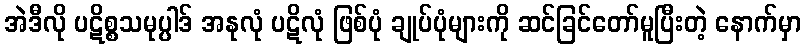
အဲဒီလို ပဋိစ္စသမုပ္ပါဒ် အနုလုံ ပဋိလုံ ဖြစ်ပုံ ချုပ်ပုံများကို ဆင်ခြင်တော်မူပြီးတဲ့ နောက်မှာ